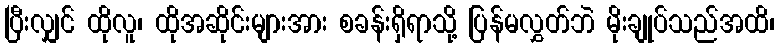
ပြီးလျှင် ထိုလူ၊ ထိုအဆိုင်းများအား စခန်းရှိရာသို့ ပြန်မလွှတ်ဘဲ မိုးချုပ်သည်အထိ၊